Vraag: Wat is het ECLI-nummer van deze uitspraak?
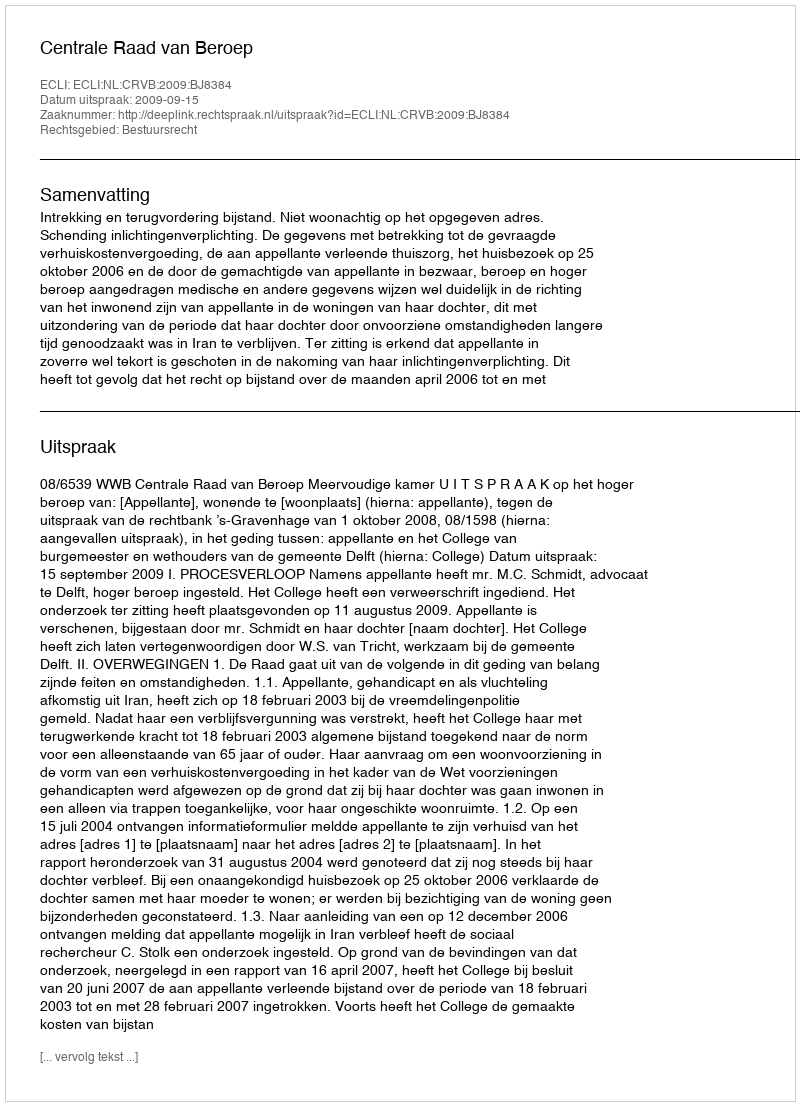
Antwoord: ECLI:NL:CRVB:2009:BJ8384